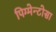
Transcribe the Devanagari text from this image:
पिग्मेन्टोसा